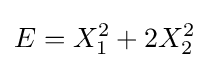
E=X_{1}^{2}+2X_{2}^{2}